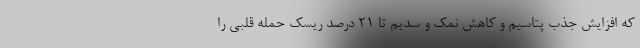
که افزایش جذب پتاسیم و کاهش نمک و سدیم تا ۲۱ درصد ریسک حمله قلبی را